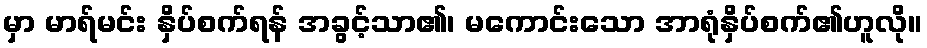
မှာ မာရ်မင်း နှိပ်စက်ရန် အခွင့်သာ၏၊ မကောင်းသော အာရုံနှိပ်စက်၏ဟူလို။